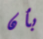
بأن